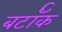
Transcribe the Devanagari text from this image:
बर्टॉक